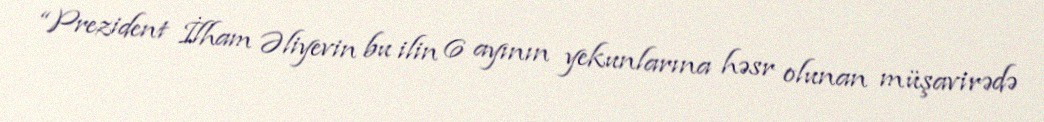
“Prezident İlham Əliyevin bu ilin 6 ayının yekunlarına həsr olunan müşavirədə